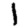
Digit: 1